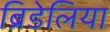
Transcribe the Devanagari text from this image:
ब्रिडेलिया